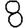
Digit: 8